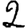
Digit: 2